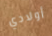
أولادي